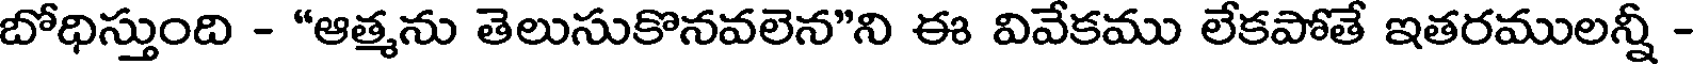
బోధిస్తుంది - "ఆత్మను తెలుసుకొనవలెన"ని ఈ వివేకము లేకపోతే ఇతరములన్నీ -